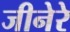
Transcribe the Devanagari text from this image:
जीनेरे